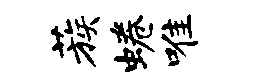
蔟蜷唯